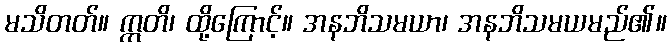
မသိတတ်။ ဣတိ၊ ထို့ကြောင့်။ အနဘိသမယာ၊ အနဘိသမယမည်၏။